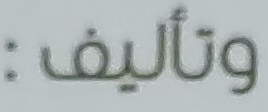
وتأليف: